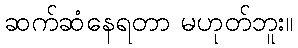
ဆက်ဆံနေရတာ မဟုတ်ဘူး။